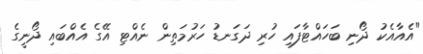
"އެއާއެކު ދޯނި ބަހައްޓާފައި ހުރި ދަގަނޑު ހަރުމަތިން ނެއްޓި އޭގެ އެއްބައި ދޯނީގެ